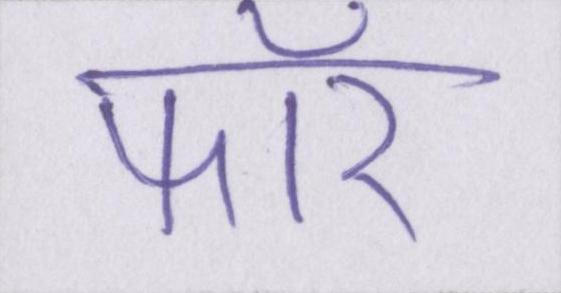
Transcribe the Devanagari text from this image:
फॉर